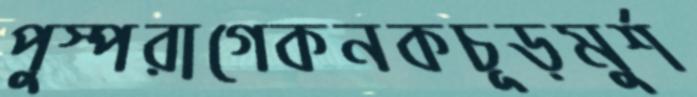
পুস্পরাগেকনকচূড়মুর্শ